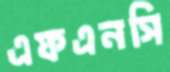
এফএনসি